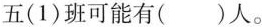
五(1)班可能有()人。